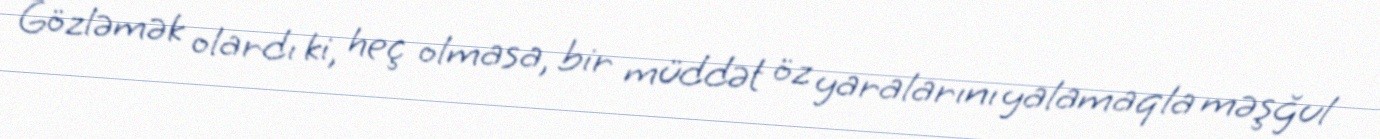
Gözləmək olardı ki, heç olmasa, bir müddət öz yaralarını yalamaqla məşğul